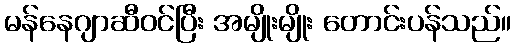
မန်နေဂျာဆီဝင်ပြီး အမျိုးမျိုး တောင်းပန်သည်။